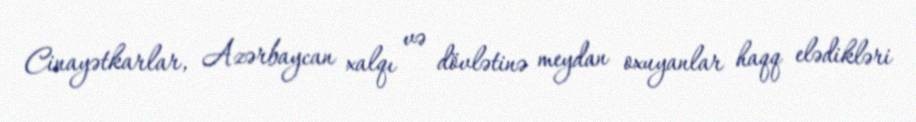
Cinayətkarlar, Azərbaycan xalqı və dövlətinə meydan oxuyanlar haqq elədikləri